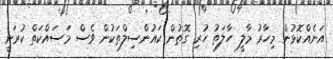
އަނެއްކޮޅުން މިހާރު މާލީ ހާލަތު ހުރި ގޮތުން ކައުންސިލްތަކުން ވެސް މަސައްކަތް ކުރަނީ